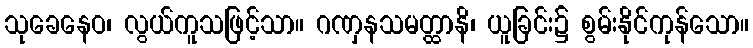
သုခေနေဝ၊ လွယ်ကူသဖြင့်သာ။ ဂဏှနသမတ္ထာနိ၊ ယူခြင်း၌ စွမ်းနိုင်ကုန်သော။